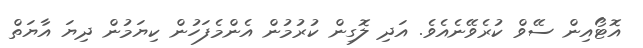
އޮޓޯއިން ސޭވް ކުރެވޭނެއެވެ. އަދި ލޮގިން ކުރުމުން އެންމެފަހުން ކިޔަމުން ދިޔަ އާޔަތް